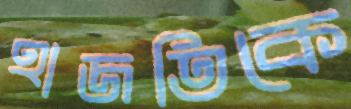
হাজতিকে